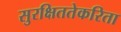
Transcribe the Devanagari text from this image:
सुरक्षिततेकरिता